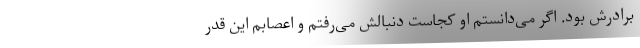
برادرش بود. اگر می‌دانستم او کجاست دنبالش می‌رفتم و اعصابم این قدر